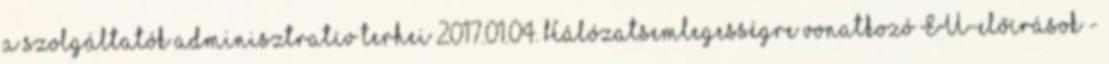
a szolgáltatók adminisztratív terhei 2017.01.04. Hálózatsemlegességre vonatkozó EU-előírások -